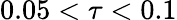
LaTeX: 0.05<\tau<0.1